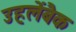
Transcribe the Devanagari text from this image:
उहलेंबैक